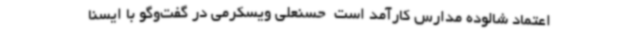
اعتماد شالوده مدارس کارآمد است ‌ حسنعلی ویسکرمی در گفت‌وگو با ایسنا